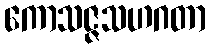
ကောသဇ္ဇသဟဂတာ